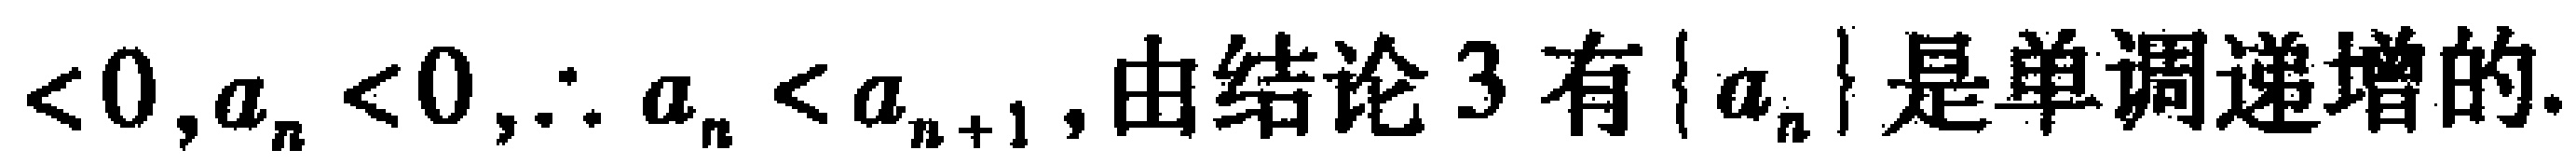
$<0,a_{n}<0,\therefore a_{n}<a_{n + 1},由结论3有\{ a_{n}\}是单调递增的.$